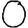
Digit: 0